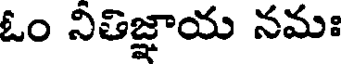
ఓం నితిజ్ఞాయ నమః